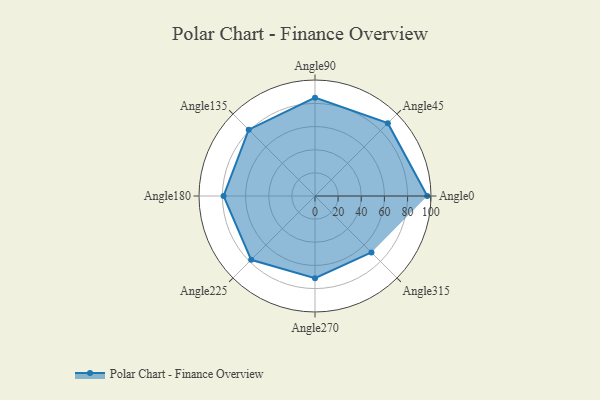
{"axis": {"x": "Angle", "y": "Radius"}, "legend": [""], "data": [{"x": "Angle0", "y": 97.0, "type": ""}, {"x": "Angle45", "y": 89.0, "type": ""}, {"x": "Angle90", "y": 85.0, "type": ""}, {"x": "Angle135", "y": 81.0, "type": ""}, {"x": "Angle180", "y": 79.0, "type": ""}, {"x": "Angle225", "y": 78.0, "type": ""}, {"x": "Angle270", "y": 71.0, "type": ""}, {"x": "Angle315", "y": 69.0, "type": ""}]}